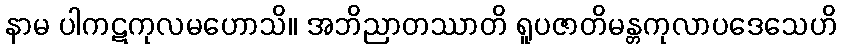
နာမ ပါကဋကုလမဟောသိ။ အဘိညာတဿာတိ ရူပဇာတိမန္တကုလာပဒေသေဟိ